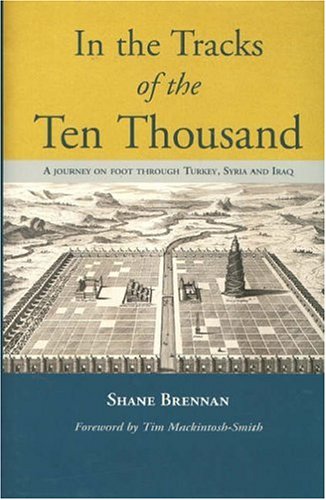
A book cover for In the Tracks of the Ten Thousand: A Journey on Foot Through Turkey, Syria and Iraq [Import] [Hardcover]; Shane Brennan; Travel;